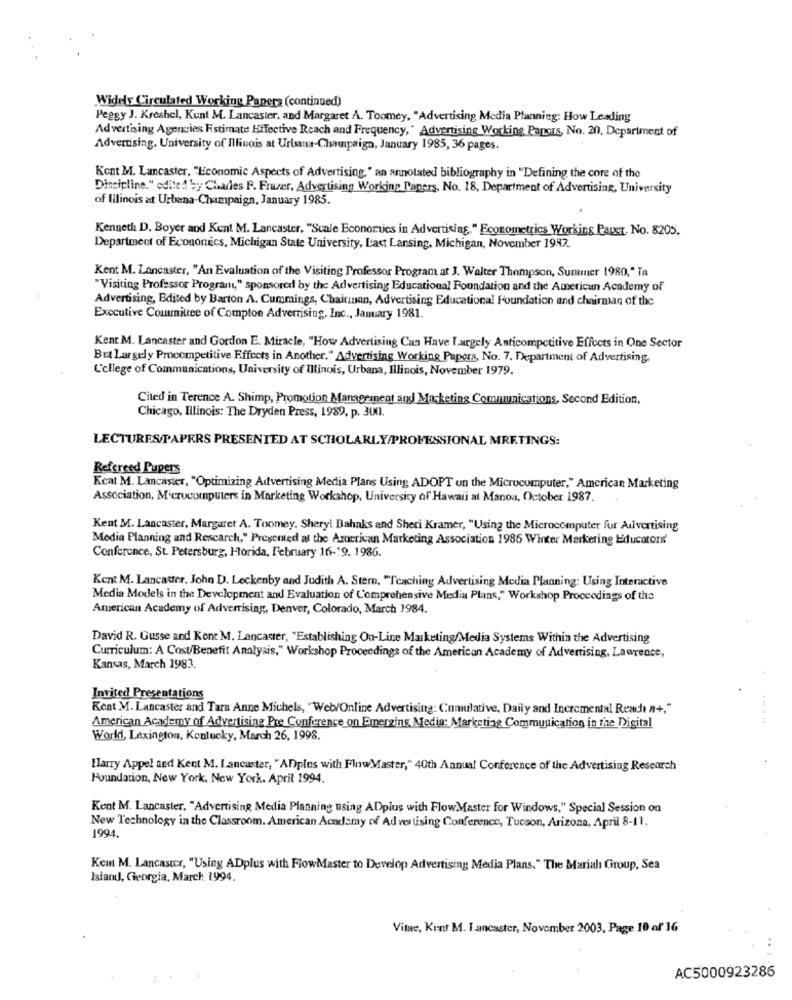
Widely Circulated Working Papers (continued)
Peggy J. Kreshel, Kunt M. Lancaster, and Margaret A. Toomey, "Advertising Media Planning: How Leading
Advertising Agencies Fistimate Effective Reach and Frequency, " Advertising Working Pancas, No. 20, Department of
Advertising, University of Illinois at Urbana-Champaign, January 1985, 36 pages.
Kent M. Lancaster, "Economic Aspects of Advertising," an annotated bibliography in "Defining the core of the
Discipline." edited by Chades F. Frazer, Advertising Working Papers, No. 18, Department of Advertising, University
of Illinois at Urbana-Champaign, January 1985.
Kenneth D. Boyer and Kent M. Lancaster, "Scale Economies in Advertising," Econometrics Working Paper, No. 8205,
Department of Economics, Michigan State University, L'ast Lansing, Michigan, November 1942.
Kent M. Lancaster, "An Evaluation of the Visiting Professor Program at J. Walter Thompson, Summer 1980," Ta
"Visiting Professor Program," sponsored by the Advertising Educational Foundation and the American Academy of
Advertising, Edited by Barton A. Cummings, Chairman, Advertising Educational Foundation and chairman of the
Executive Committee of Compton Advertising, Inc ., January 1981.
Kent M. Lancaster and Gordon E. Miracle, "How Advertising Can Have Largely Anticompetitive Effects in One Sector
But Largely Procompetitive Effects in Another." Advertising Working Papers, No. 7. Department of Advertising
L'cllege of Communications, University of Illinois, Urbana, Illinois, November 1979.
Cited in Terence A. Shimp, Promotion Mamagranent and Marketing Communications, Second Edition,
Chicago, Illinois: The Dryden Press, 1989, p. 300.
LECTURES/PAPERS PRESENTED AT SCHOLARLY/PROFESSIONAL MEETINGS:
Refereed Pupers
Kent M. Lancaster, "Optimizing Advertising Media Plans Using ADOPT un the Microcomputer," American Marketing
Association, Microcomputers in Marketing Workshop, University of Hawaii at Manou, October 1987.
Kent M. Lancaster, Margaret A. Toomey, Sheryl Bahnks and Sheri Kramer, "Using the Microcomputer fur Advertising
Media Planning and Rescarch," Presented at the Arotrivan Marketing Association 1986 Winter Markering Educators'
Conference, St. Petersburg, Morida, February 16-19, 1986.
Kent M. Lancaster, John D. Leckenby and Judith A. Stern, "Teaching Advertising Media Planning: Using Interactive
Media Models in the Development and Evaluation of Comprehensive Media Plans," Workshop Proceedings of the
American Academy of Adverrising, Denver, Colorado, March 1984.
David R. Gusse and Kent M. Lancaster, "Establishing On-Line Marketing/Media Systems Within the Advertising
Curriculum: A Cost/Benefit Analysis," Workshop Proceedings of the American Academy of Advertising, Lawrence,
Kansas, March 1983.
Invited Presentations
Kent M. Lancaster and Tara Anne Michels, "Web/Online Advertising: Cumulative, Daily and Incremental Reach A+,"
American Academy of Advertising Pre Conference on Emerging Media: Marketing Communication in the Digital
Work, Lexington, Konlucky, March 26, 1998
Harry Appel and Kent M. Lancaster, "ADplus with FlowMaster," 40th Annual Conference of the Advertising Research
Foundation, New York, New York. April 1994.
Kent M. Lancaster, "Advertising Media Planning using ADplus with FlowMaster for Windows," Special Session on
New Technology in the Classroom, American Academy of Advertising Conference, Tucson, Arizona, April 8-11.
1994.
Kent M. Lancaster, "Using ADplus with FlowMaster to Develop Advertising Media Plans." The Mariah Group, Sea
Island, Georgia, March 1994
Vitae, Kent M. I.ancaster, November 2003, Page 10 of 16
AC5000923286